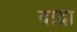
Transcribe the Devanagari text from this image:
दाद्रा